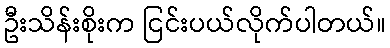
ဦးသိန်းစိုးက ငြင်းပယ်လိုက်ပါတယ်။